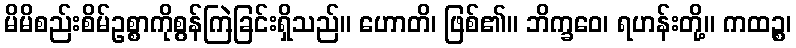
မိမိစည်းစိမ်ဥစ္စာကိုစွန်ကြဲခြင်းရှိသည်။ ဟောတိ၊ ဖြစ်၏။ ဘိက္ခဝေ၊ ရဟန်းတို့။ ကထဉ္စ၊